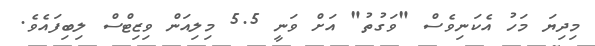
މިދިޔަ މަހު އެކަނިވެސް "ވަގުތު" އަށް ވަނީ 5.5 މިލިއަން ވިޒިޓްސް ލިބިފައެވެ.